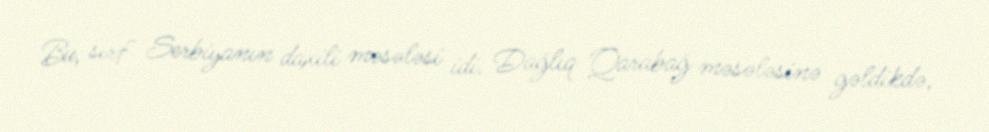
Bu, sırf Serbiyanın daxili məsələsi idi. Dağlıq Qarabağ məsələsinə gəldikdə,